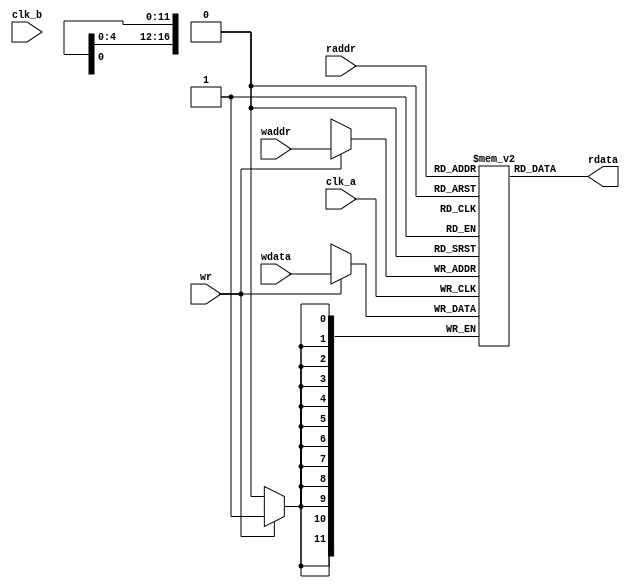
/*******************************
// Functions: one ports, one clock, synchronous RAM
// Designer:  xkyang
// Dates:     2013/01/13
*******************************/

module ram_320x240(	
                   clk_a  ,
                   clk_b  ,
		               //rst_n  ,
                   wdata  ,
                   raddr  ,
                   waddr  ,
                   wr     ,
                   //rd     ,
                   rdata 
                  );

/*******************************
// define parameter
*******************************/
parameter  DATASIZE = 12;		// Memory data word width
parameter  ADDRSIZE = 17;		// Number of memory address bits
localparam DEPTH = 1<<ADDRSIZE;		// DEPTH = 2 ^ ADDRSIZE

/*******************************
// ports declaration
*******************************/
input                 clk_a   ;
input                 clk_b   ;
//input                 rst_n   ;
input  [DATASIZE-1:0] wdata   ;
input  [ADDRSIZE-1:0] waddr   ;
input                 wr      ;

//input		              rd      ;
input  [ADDRSIZE-1:0] raddr   ;
output [DATASIZE-1:0] rdata   ; 

wire   [DATASIZE-1:0] rdata; 
reg    [DATASIZE-1:0] mem [0:DEPTH-1];

/*******************************
// code 
*******************************/
always @(posedge clk_a) begin
    if(wr) begin
        mem[waddr] <= wdata;
    end
end

assign  rdata  = mem[raddr];
//always @(posedge clk_b or negedge rst_n) begin
//    if(!rst_n)begin
//        rdata  <= 12'h0 ; 
//    end else if(rd) begin
//        rdata  <= mem[raddr]; 
//    end
//end

endmodule